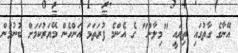
އޭނާގެ ގާތުގައި ތިޔައީ "މިލާން" ގެ އެންމެ ފުރަތަމަ އަންހެން މޭޔަރުކަމަށް ބުނުމުން